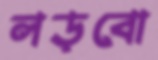
লড়বো